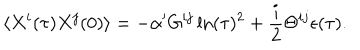
\langle X ^ { i } ( \tau ) X ^ { j } ( 0 ) \rangle = - \alpha ^ { \prime } G ^ { i j } \ln ( \tau ) ^ { 2 } + \frac { i } { 2 } \Theta ^ { i j } \epsilon ( \tau ) .